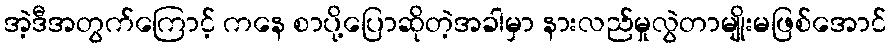
အဲ့ဒီအတွက်ကြောင့် ကနေ စာပို့ပြောဆိုတဲ့အခါမှာ နားလည်မှုလွဲတာမျိုးမဖြစ်အောင်